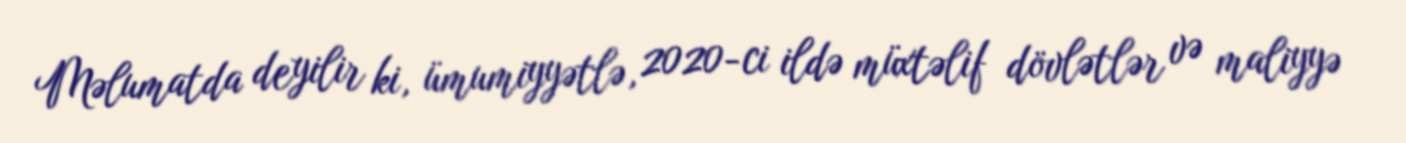
Məlumatda deyilir ki, ümumiyyətlə, 2020-ci ildə müxtəlif dövlətlər və maliyyə